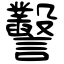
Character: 𧮙